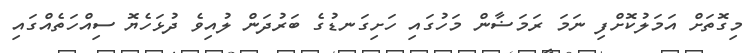
މިގޮތަށް އަމަލުކޮށްފި ނަމަ ރަމަޟާން މަހުގައި ހަށިގަނޑުގެ ބަރުދަން ލުއިވެ ދުޅަހެޔޮ ސިއްހަތެއްގައި